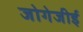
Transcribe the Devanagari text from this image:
जोगेजीई